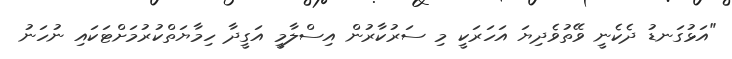
"އަޅުގަނޑު ދެކެނީ ވޭތުވެދިޔަ އަހަރަކީ މި ސަރުކާރުން އިސްލާމީ އަގީދާ ހިމާޔަތްކުރުމަށްޓަކައި ނުހަނު